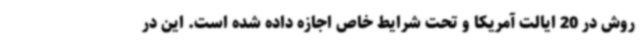
روش در 20 ایالت آمریکا و تحت شرایط خاص اجازه داده شده است. این در